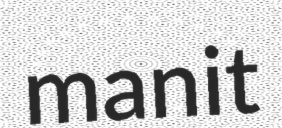
manit